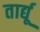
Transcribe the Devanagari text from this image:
तार्द्यू